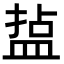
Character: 𭾄